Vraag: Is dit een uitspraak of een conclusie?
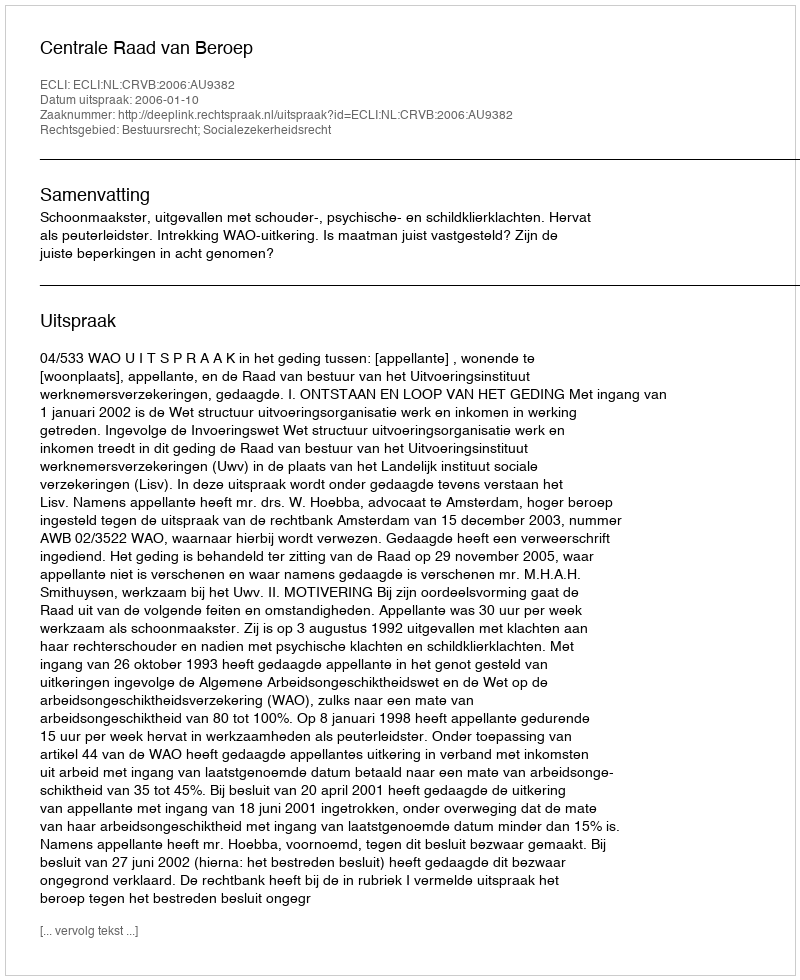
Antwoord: Uitspraak